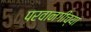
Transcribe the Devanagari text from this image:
परवानगीच्या